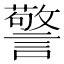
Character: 警